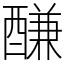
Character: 𨢑